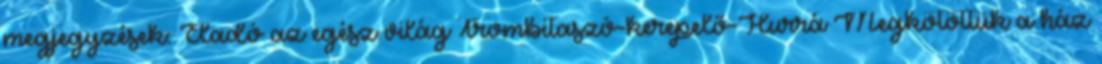
megjegyzések: Eladó az egész világ Trombitaszó-kerepelő-Hurrá Megkötöttük a ház